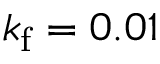
k _ { \mathrm f } = 0 . 0 1